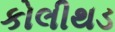
કોલીથડ